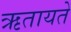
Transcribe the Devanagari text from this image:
ऋतायते